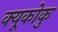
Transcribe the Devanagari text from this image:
क्यूकोकु